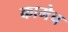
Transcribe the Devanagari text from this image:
कामेच